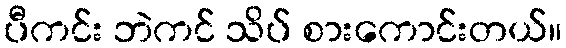
ပီကင်း ဘဲကင် သိပ် စားကောင်းတယ်။